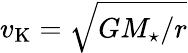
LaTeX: v_{\mathrm{K}}=\sqrt{GM_{\star}/r}